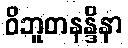
ဝိဘူတနန္ဒိနာ